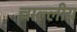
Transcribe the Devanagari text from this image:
चाल्लीय